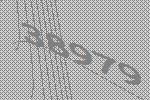
38979